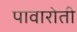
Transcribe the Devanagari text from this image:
पावारोती